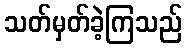
သတ်မှတ်ခဲ့ကြသည်